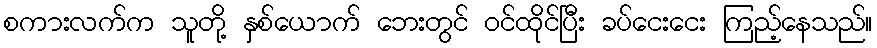
စကားလက်က သူတို့ နှစ်ယောက် ဘေးတွင် ဝင်ထိုင်ပြီး ခပ်ငေးငေး ကြည့်နေသည်။